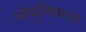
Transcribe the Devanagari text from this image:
आधुनिकरन